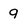
Character: 9